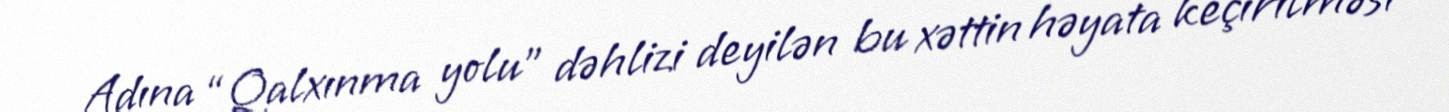
Adına “Qalxınma yolu” dəhlizi deyilən bu xəttin həyata keçirilməsi